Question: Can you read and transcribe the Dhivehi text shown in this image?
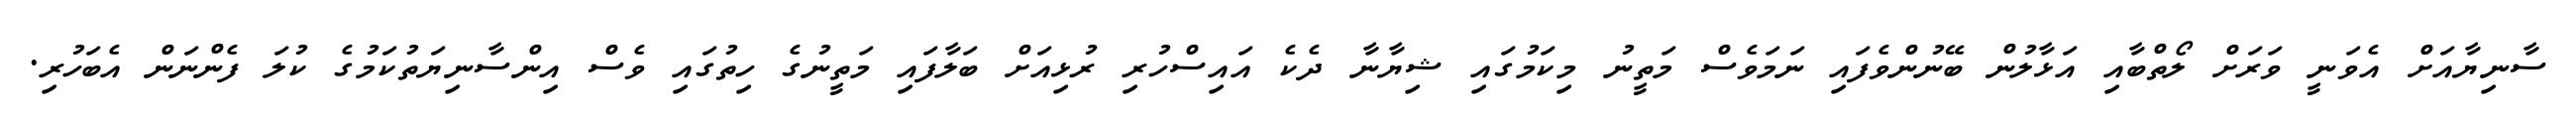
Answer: ސާނިޔާއަށް އެވަނީ ވަރަށް ލޯތްބާއި އަޅާލުން ބޭނުންވެފައި ނަމަވެސް މަތީނު މިކަމުގައި ޝިޔާނާ ދެކެ އައިސްހުރި ރުޅިއަށް ބަލާފައި މަތީނުގެ ހިތުގައި ވެސް އިންސާނިޔަތުކަމުގެ ކުލަ ފެންނަން އެބަހުރި.